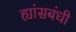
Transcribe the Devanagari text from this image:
ह्यांसबंधी